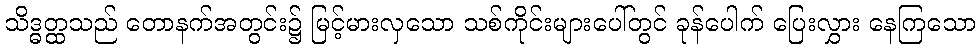
သိဒ္ဓတ္ထသည် တောနက်အတွင်း၌ မြင့်မားလှသော သစ်ကိုင်းများပေါ်တွင် ခုန်ပေါက် ပြေးလွှား နေကြသော